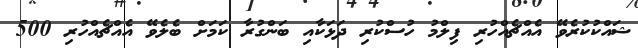
ޝައްކުކުރެވޭ އެއްޗެއްހުރި ފިލްމު ހުސްކުރި ދަޅަކާއި ބަންގުރާ ކަމަށް ބެލެވޭ އެއްޗެއްހުރި 500